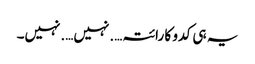
یہ ہی کدو کا رائتہ….نہیں….نہیں۔